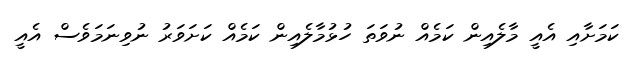
ކަމަށާއި އެއީ މާލެއިން ކަމެއް ނުވަތަ ހުޅުމާލެއިން ކަމެއް ކަށަވަރު ނުވިނަމަވެސް އެއީ